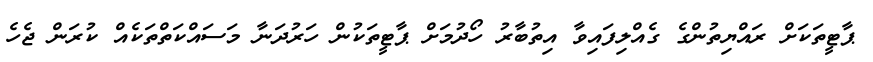
ޕާޓީތަކަށް ރައްޔިތުންގެ ގެއްލިފައިވާ އިތުބާރު ހޯދުމަށް ޕާޓީތަކުން ހަރުދަނާ މަސައްކަތްތަކެއް ކުރަން ޖެހެ